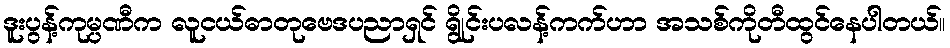
ဒူးပွန့်ကုမ္ပဏီက လူငယ်ဓာတုဗေဒပညာရှင် ရွိုင်းပလန့်ကက်ဟာ အသစ်ကိုတီထွင်နေပါတယ်။